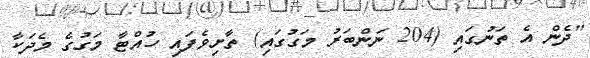
"ދެން އެ ތަނުގައި (204 ނަންބަރު މަގުގައި) ތާށިވެފައި ހުއްޓާ މަގުގެ މެދަކާ